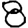
Digit: 8